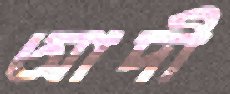
আদী